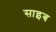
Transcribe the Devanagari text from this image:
साइब